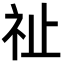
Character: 祉